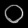
Digit: ၀